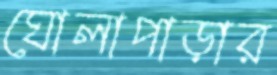
ঘোলাপাড়ার